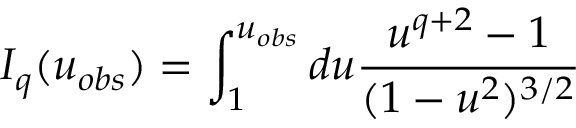
I _ { q } ( u _ { o b s } ) = \int _ { 1 } ^ { u _ { o b s } } d u \frac { u ^ { q + 2 } - 1 } { ( 1 - u ^ { 2 } ) ^ { 3 / 2 } }